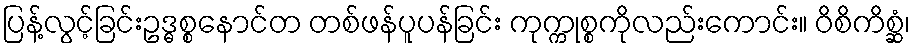
ပြန့်လွင့်ခြင်းဥဒ္ဓစ္စနောင်တ တစ်ဖန်ပူပန်ခြင်း ကုက္ကုစ္စကိုလည်းကောင်း။ ဝိစိကိစ္ဆံ၊